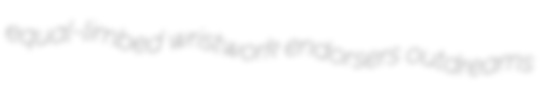
equal-limbed wristwork endorsers outdreams